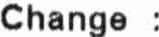
CHANGE :